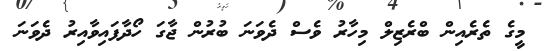
މީގެ ތެރެއިން ބްރެޒިލް މިހާރު ވެސް ދެވަނަ ބުރުން ޖާގަ ހޯދާފައިވާއިރު ދެވަނަ